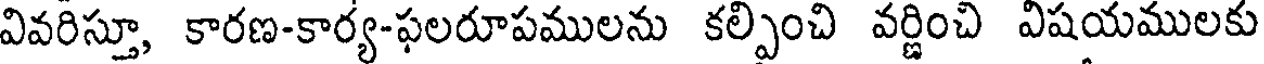
వివరిస్తూ, కారణ-కార్య-ఫలరూపములను కల్పించి వర్ణించి విషయములకు